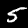
Digit: 5